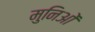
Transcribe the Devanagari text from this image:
मुनिओं